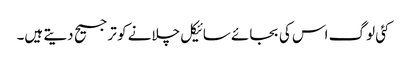
کئی لوگ اس کی بجائے سائیکل چلانے کو ترجیح دیتے ہیں۔